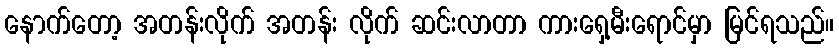
နောက်တော့ အတန်းလိုက် အတန်း လိုက် ဆင်းလာတာ ကားရှေ့မီးရောင်မှာ မြင်ရသည်။